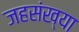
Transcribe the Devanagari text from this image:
जहसंख्या